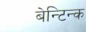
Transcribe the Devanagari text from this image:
बेन्टिन्क